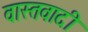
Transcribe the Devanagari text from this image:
वास्तवादी